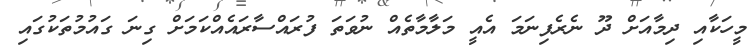
މީހަކާއި ދިމާއަށް ދޫ ނެރެފިނަމަ އެއީ މަލާމާތެއް ނުވަތަ ފުރައްސާރައެއްކަމަށް ގިނަ ގައުމުތަކުގައި